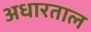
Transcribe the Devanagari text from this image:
अधारताल